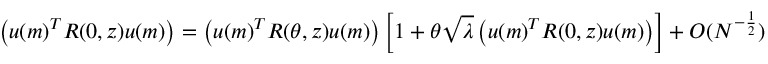
\begin{array} { r } { \left( { \boldsymbol u } ( m ) ^ { T } R ( 0 , z ) { \boldsymbol u } ( m ) \right) = \left( { \boldsymbol u } ( m ) ^ { T } R ( \theta , z ) { \boldsymbol u } ( m ) \right) \left[ 1 + \theta \sqrt { \lambda } \left( { \boldsymbol u } ( m ) ^ { T } R ( 0 , z ) { \boldsymbol u } ( m ) \right) \right] + O ( N ^ { - \frac { 1 } { 2 } } ) } \end{array}